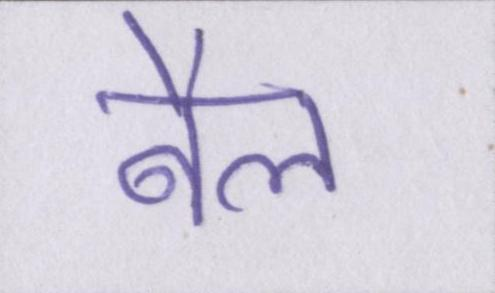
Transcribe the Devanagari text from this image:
बैल